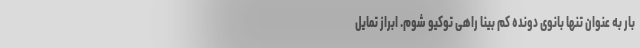
بار به عنوان تنها بانوی دونده کم بینا راهی توکیو شوم. ابراز تمایل